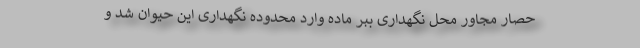
حصار مجاور محل نگهداری ببر ماده وارد محدوده نگهداری این حیوان شد و